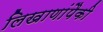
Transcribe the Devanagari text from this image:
लिखाणांपैकी